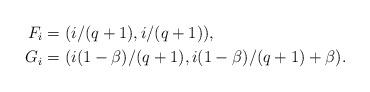
LaTeX: \begin{align*}F_i&=(i/(q+1),i/(q+1)),\\G_i&=(i(1-\beta)/(q+1),i(1-\beta)/(q+1)+\beta).\end{align*}